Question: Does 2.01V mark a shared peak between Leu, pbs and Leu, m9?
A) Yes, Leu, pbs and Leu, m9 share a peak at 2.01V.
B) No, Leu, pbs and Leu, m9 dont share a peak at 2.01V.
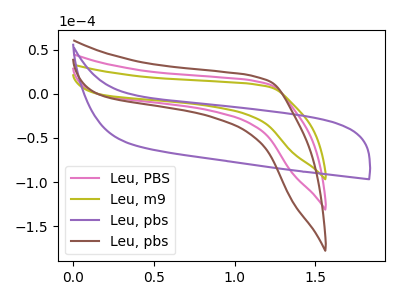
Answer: <think>The pink curve "Leu, PBS" has no peaks. The olive curve "Leu, m9" has no peaks. The purple curve "Leu, pbs" has no peaks. The brown curve "Leu, pbs" has no peaks.</think>
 <answer>B) No, "Leu, pbs" and "Leu, m9" dont share a peak at 2.01V.</answer>
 <eval>B</eval>